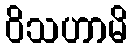
ဝိသဟာမိ